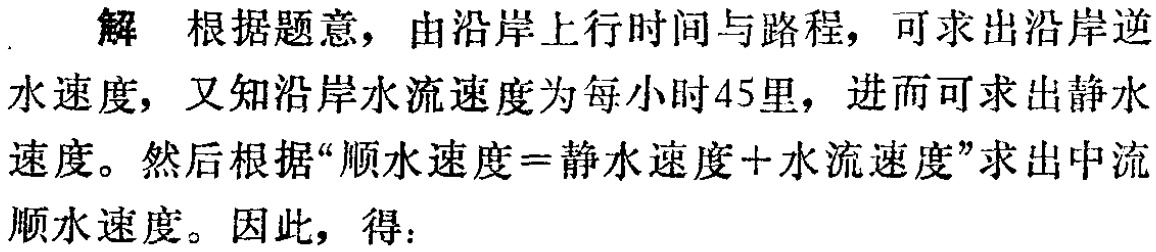
解 根据题意，由沿岸上行时间与路程，可求出沿岸逆水速度，又知沿岸水流速度为每小时45里，进而可求出静水速度。然后根据“顺水速度=静水速度+水流速度”求出中流顺水速度。因此，得：